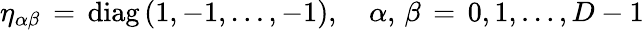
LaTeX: \eta_{\alpha\beta}\, =\, \mathrm{diag}\, (1,-1,\ldots,-1),\quad\alpha,\, \beta\, =\, 0,1,\ldots,D-1